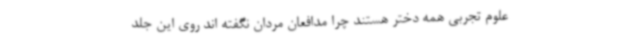
علوم تجربی همه دختر هستند چرا مدافعان مردان نگفته اند روی این جلد